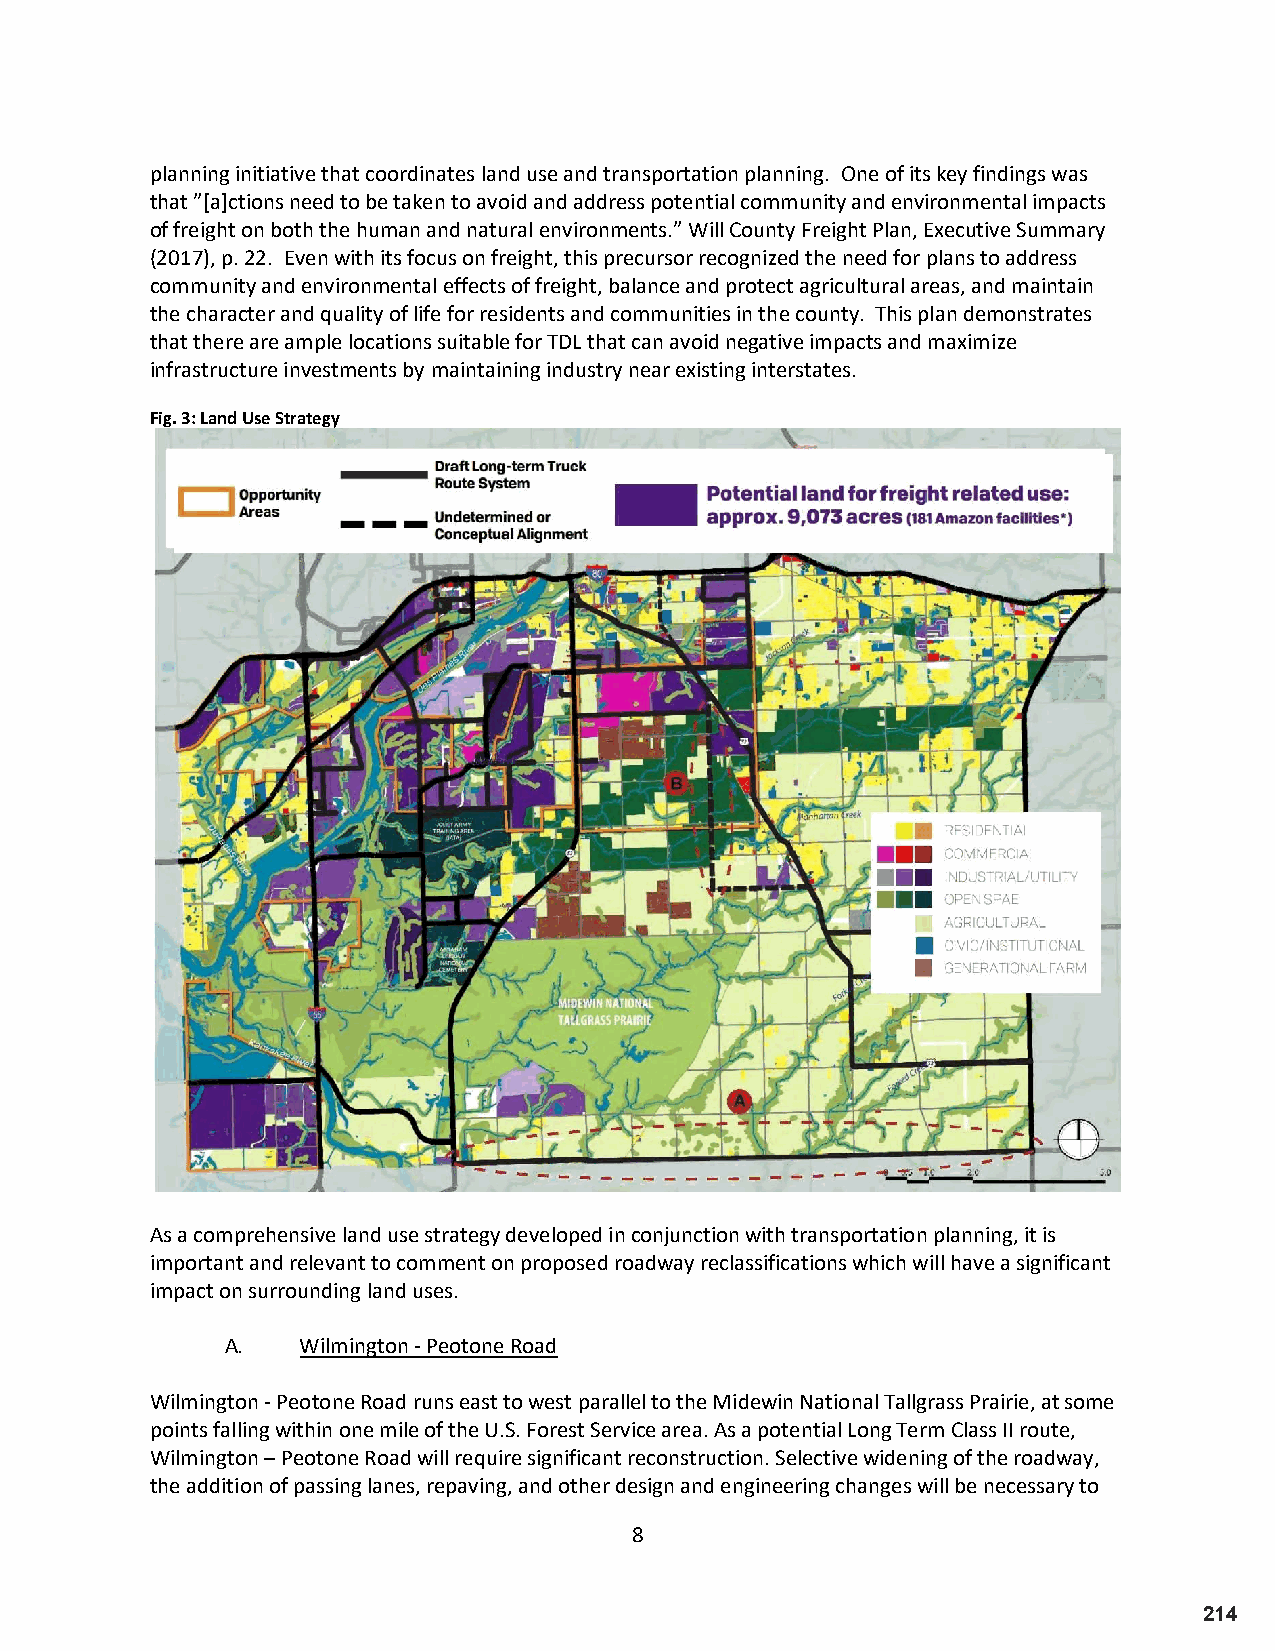
planning initiative that coordinates land use and transportation planning. One of its key findings was
 that ”[a]ctions need to be taken to avoid and address potential community and environmental impacts
 of freight on both the human and natural environments.” Will County Freight Plan, Executive Summary
 (2017), p. 22. Even with its focus on freight, this precursor recognized the need for plans to address
 community and environmental effects of freight, balance and protect agricultural areas, and maintain
 the character and quality of life for residents and communities in the county. This plan demonstrates
 that there are ample locations suitable for TDL that can avoid negative impacts and maximize
 infrastructure investments by maintaining industry near existing interstates.
 Fig. 3: Land Use Strategy
 As a comprehensive land use strategy developed in conjunction with transportation planning, it is
 important and relevant to comment on proposed roadway reclassifications which will have a significant
 impact on surrounding land uses.
 A.   Wilmington - Peotone Road
 Wilmington - Peotone Road runs east to west parallel to the Midewin National Tallgrass Prairie, at some
 points falling within one mile of the U.S. Forest Service area. As a potential Long Term Class II route,
 Wilmington – Peotone Road will require significant reconstruction. Selective widening of the roadway,
 the addition of passing lanes, repaving, and other design and engineering changes will be necessary to
 8
 214